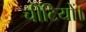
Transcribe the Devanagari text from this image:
चींटियों।